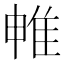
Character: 𨾡